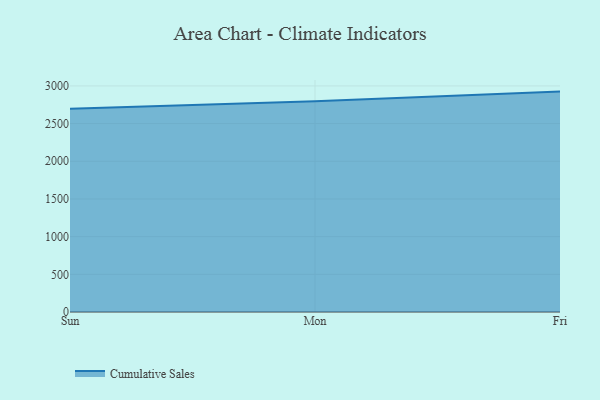
{"axis": {"x": "Day", "y": "Conversion Rate (%)"}, "legend": ["Cumulative Sales"], "data": [{"x": "Sun", "y": 2697.3, "type": "Cumulative Sales"}, {"x": "Mon", "y": 2796.0, "type": "Cumulative Sales"}, {"x": "Fri", "y": 2924.6, "type": "Cumulative Sales"}]}